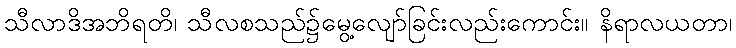
သီလာဒိအဘိရတိ၊ သီလစသည်၌မွေ့လျော်ခြင်းလည်းကောင်း။ နိရာလယတာ၊